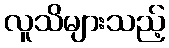
လူသိများသည့်